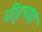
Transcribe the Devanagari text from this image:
वीरूच्या